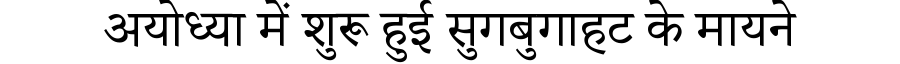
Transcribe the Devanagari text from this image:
अयोध्या में शुरू हुई सुगबुगाहट के मायने